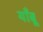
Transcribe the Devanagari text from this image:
याँबू